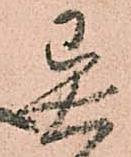
異